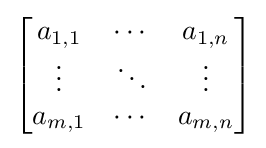
{\begin{bmatrix}a_{1,1}&\cdots &a_{1,n}\\\vdots &\ddots &\vdots \\a_{m,1}&\cdots &a_{m,n}\end{bmatrix}}